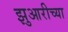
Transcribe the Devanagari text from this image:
झुआरीच्या